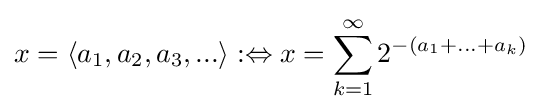
x=\langle a_{1},a_{2},a_{3},...\rangle :\Leftrightarrow x=\sum _{k=1}^{\infty }2^{-(a_{1}+...+a_{k})}